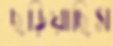
ছড়িয়াছিস